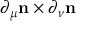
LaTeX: \partial _ { \mu } { \bf n } \times \partial _ { \nu } { \bf n }